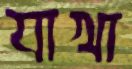
যাখা